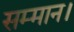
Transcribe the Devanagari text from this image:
सम्‍मान।